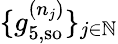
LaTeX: \{ g_{5,\mathrm{{so}}}^{(n_{j})}\} _{j\in\mathbb{N}}